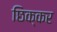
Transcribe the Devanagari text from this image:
छिक्कर